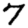
Digit: 7